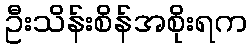
ဦးသိန်းစိန်အစိုးရက